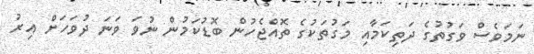
ނަމަވެސް ވަގުތުގެ ދަތިކަމާއި މަގުތަކުގެ ތޮއްޖެހުން ބޮޑުކަމުން ނުވަ ވަނަ ދުވަހަށް އިރު